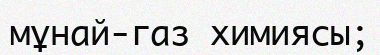
мұнай-газ химиясы;